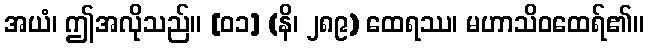
အယံ၊ ဤအလိုသည်။ [၀၁] (နိ၊ ၂၈၉) ထေရဿ၊ မဟာသိဝထေရ်၏။